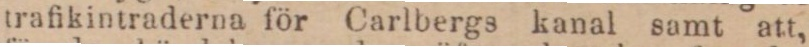
trafikintraderna för Carlbergs kanal samt att,